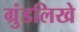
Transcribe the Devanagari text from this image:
ग्रुंडलिखे